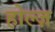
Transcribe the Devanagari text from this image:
होल्ज़